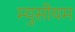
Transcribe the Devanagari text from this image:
म्युसीयम